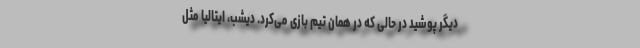
دیگر پوشید در حالی که در همان تیم بازی می‌کرد. دیشب، ایتالیا مثل